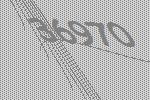
36970